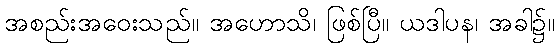
အစည်းအဝေးသည်။ အဟောသိ၊ ဖြစ်ပြီ။ ယဒါပန၊ အခါ၌။